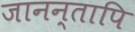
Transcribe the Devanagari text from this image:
जानन्तापि